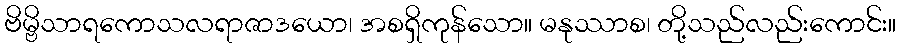
ဗိမ္ဗိသာရကောသလရာဇာဒယော၊ အစရှိကုန်သော။ မနုဿာစ၊ တို့သည်လည်းကောင်း။